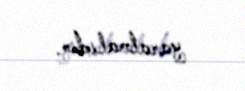
yaratmalıdır.